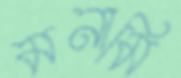
মনামি